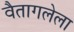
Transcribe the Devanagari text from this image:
वैतागलेला